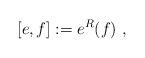
LaTeX: \begin{align*} [e , f ] := e^R(f) \ ,\end{align*}